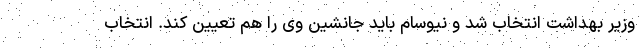
وزیر بهداشت انتخاب شد و نیوسام باید جانشین وی را هم تعیین کند. انتخاب